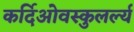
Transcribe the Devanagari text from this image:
कर्दिओवस्कुलर्ल्य